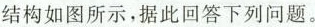
结构如图所示，据此回答下列问题。